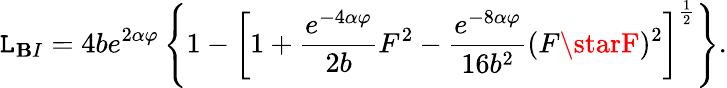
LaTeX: {\cal\mathtt{L}}_{\mathbf{B}I}=4be^{2\alpha\varphi}\left\{ 1-\left[1+\frac{{e^{-4\alpha\varphi}}}{{2b}}F^{2}-\frac{{e^{-8\alpha\varphi}}}{{16b^{2}}}(F\starF)^{2}\right]^{\frac{{1}}{{2}}}\right\} .